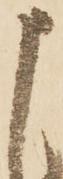
申